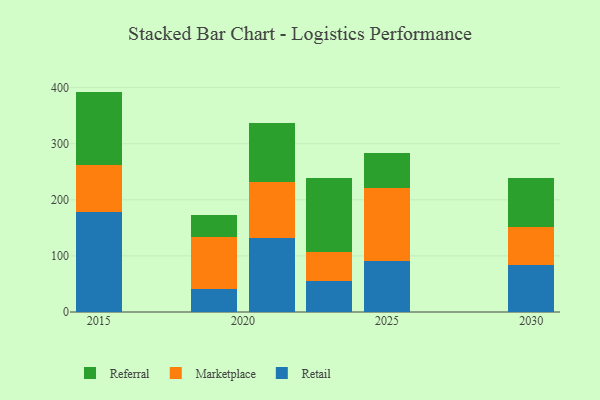
{"axis": {"x": "Year", "y": "Backlog"}, "legend": ["Marketplace", "Referral", "Retail"], "data": [{"x": "2019", "y": 41.1, "type": "Retail"}, {"x": "2019", "y": 92.7, "type": "Marketplace"}, {"x": "2019", "y": 39.9, "type": "Referral"}, {"x": "2023", "y": 54.6, "type": "Retail"}, {"x": "2023", "y": 51.9, "type": "Marketplace"}, {"x": "2023", "y": 132.8, "type": "Referral"}, {"x": "2021", "y": 132.1, "type": "Retail"}, {"x": "2021", "y": 100.5, "type": "Marketplace"}, {"x": "2021", "y": 104.2, "type": "Referral"}, {"x": "2030", "y": 83.4, "type": "Retail"}, {"x": "2030", "y": 67.4, "type": "Marketplace"}, {"x": "2030", "y": 87.2, "type": "Referral"}, {"x": "2025", "y": 90.2, "type": "Retail"}, {"x": "2025", "y": 131.4, "type": "Marketplace"}, {"x": "2025", "y": 62.7, "type": "Referral"}, {"x": "2015", "y": 178.4, "type": "Retail"}, {"x": "2015", "y": 84.4, "type": "Marketplace"}, {"x": "2015", "y": 130.1, "type": "Referral"}]}